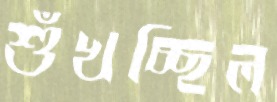
শুঁখচ্ছিল